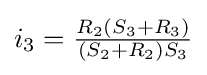
i_{3}={\tfrac {R_{2}(S_{3}+R_{3})}{(S_{2}+R_{2})S_{3}}}